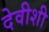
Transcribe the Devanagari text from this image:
देवीशी